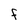
Character: F